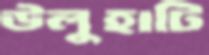
উলুহাটি